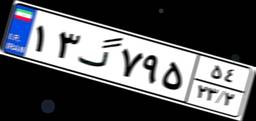
۴۲گ۱۳۶۳۶